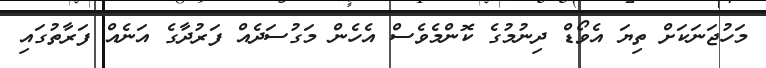
މަހުޖަނަކަށް ތިޔަ އެވޯޑް ދިނުމުގެ ކޮންމެވެސް އެހެން މަގުސަދެއް ފަރުދާގެ އަނެއް ފަރާތުގައި